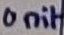
Text: Unit